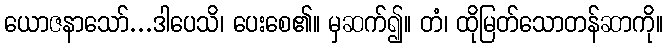
ယောဇနာသော်...ဒါပေသိ၊ ပေးစေ၏။ မှဆက်၍။ တံ၊ ထိုမြတ်သောတန်ဆာကို။